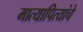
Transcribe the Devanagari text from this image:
मात्यापित्यांचे